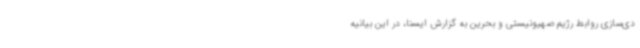
دی‌سازی روابط رژیم صهیونیستی و بحرین به گزارش ایسنا، در این بیانیه